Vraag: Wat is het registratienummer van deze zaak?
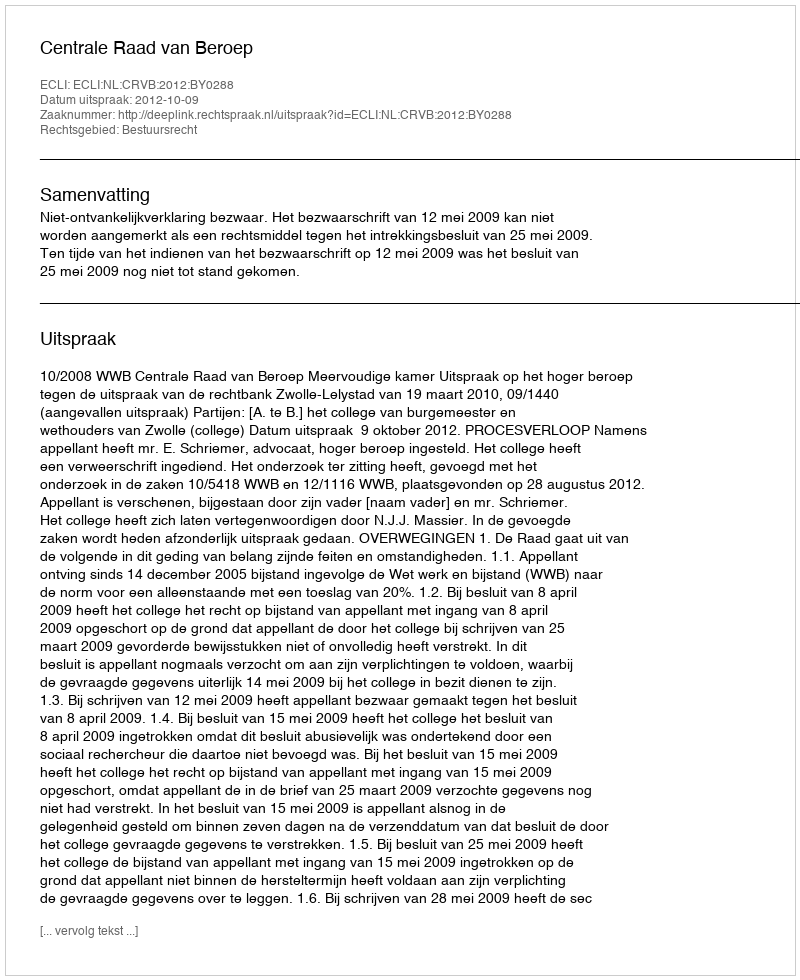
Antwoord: http://deeplink.rechtspraak.nl/uitspraak?id=ECLI:NL:CRVB:2012:BY0288